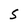
Character: S